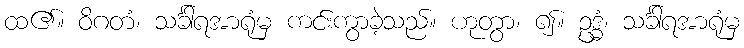
ထ၏။ ဝိဂတံ၊ သင်္ခါရအာရုံမှ ကင်းကွာခဲ့သည်။ ဟုတွာ၊ ၍။ ဥဒ္ဓံ၊ သင်္ခါရအာရုံမှ